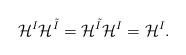
LaTeX: \begin{align*}\mathcal{H}^I\mathcal{H}^{\tilde{I}}=\mathcal{H}^{\tilde{I}}\mathcal{H}^I=\mathcal{H}^I.\end{align*}